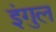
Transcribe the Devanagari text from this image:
इंगुल